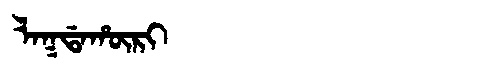
Manchu: ᠯᠠᡴᡩᠠᡥᡡᡵᡳ
Romanization: LAKDAHŪRI